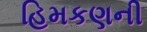
હિમકણની